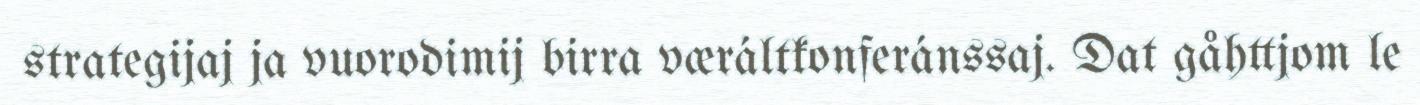
strategijaj ja vuorodimij birra væráltkonferánssaj. Dat gåhttjom le